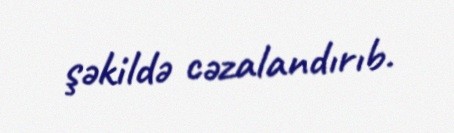
şəkildə cəzalandırıb.